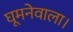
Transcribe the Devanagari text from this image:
घूमनेवाला।